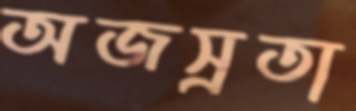
অজস্রতা